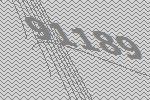
91189